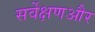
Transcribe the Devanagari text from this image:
सर्वेक्षणऔर